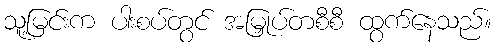
သူ့မြင်းက ပါးစပ်တွင် အမြှုပ်တစီစီ ထွက်နေသည်။